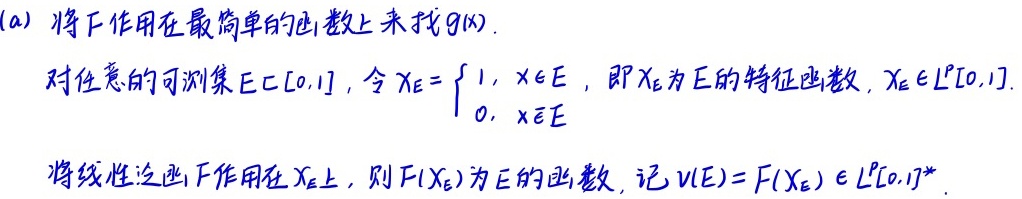
(a) 将$F$作用在最简单的函数上来找$g(x)$.

对任意的可测集$E\subset[0,1]$，令$\chi_E = \begin{cases}1, & x\in E \\ 0, & x\notin E\end{cases}$，即$\chi_E$为$E$的特征函数，$\chi_E\in L^p[0,1]$.

将线性泛函$F$作用在$\chi_E$上，则$F(\chi_E)$为$E$的函数，记$\nu(E)=F(\chi_E)\in L^p[0,1]^*$.